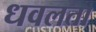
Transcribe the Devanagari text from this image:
धवलता